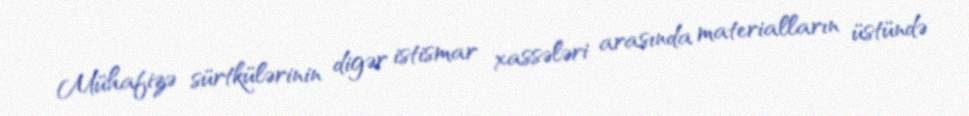
Mühafizə sürtkülərinin digər istismar xassələri arasında materialların üstündə